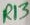
Text: R13